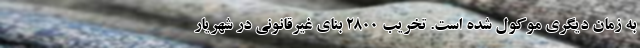
به زمان دیگری موکول شده است. تخریب 2800 بنای غیرقانونی در شهریار